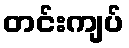
တင်းကျပ်